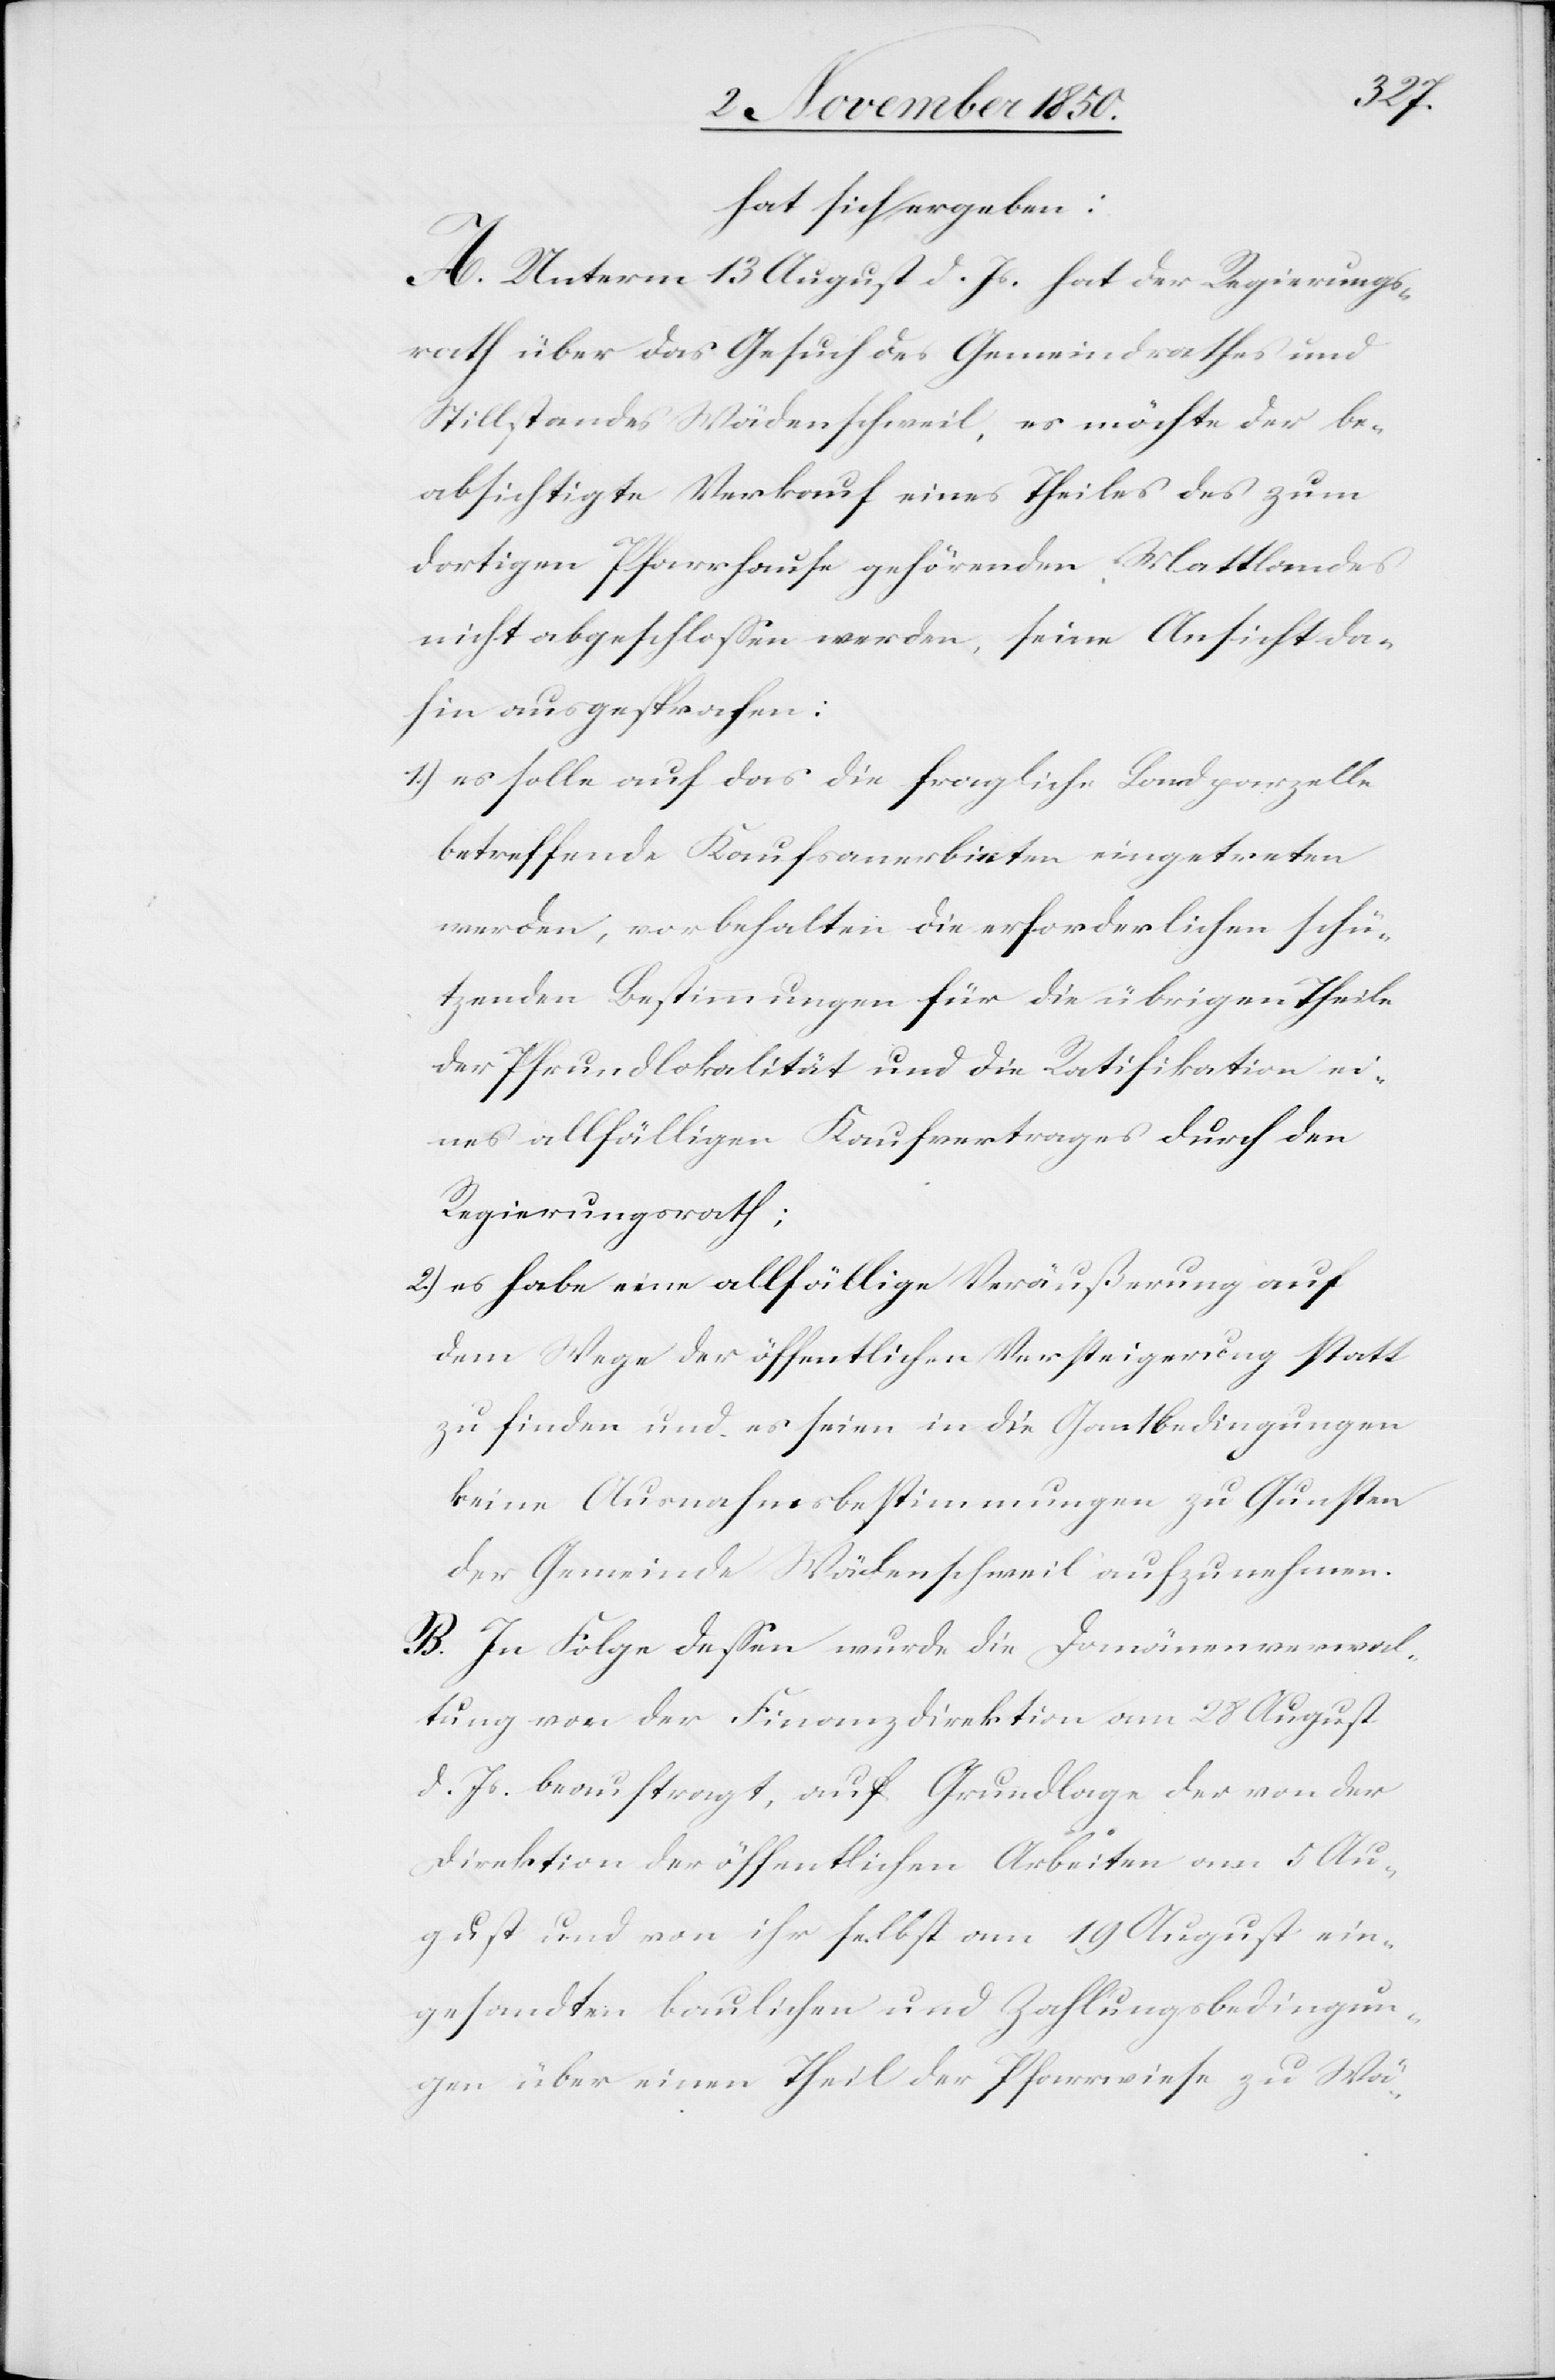
hat sich ergeben:
A. Unterm 13 August d. Js. hat der Regierungs¬
rath über das Gesuch des Gemeindrathes und
Stillstandes Wädenschweil, es möchte der be¬
absichtigte Verkauf eines Theiles des zum
dortigen Pfarrhause gehörenden Mattlandes
nicht abgeschlossen werden, seine Ansicht da¬
hin ausgesprochen:
1.) es solle auf das die fragliche Landparzelle
betreffende Kaufsanerbieten eingetreten
werden, vorbehalten die erforderlichen schü¬
tzenden Bestimmungen für die übrigen Theile
der Pfrundlokalität und die Ratifikation ei¬
nes allfälligen Kaufvertrages durch den
Regierungsrath;
2.) es habe eine allfällige Veräußerung auf
dem Wege der öffentlichen Versteigerung statt
zu finden und es seien in die Gantbedingungen
keine Ausnahmsbestimmungen zu Gunsten
der Gemeinde Wädenschweil aufzunehmen.
B. In Folge dessen wurde die Domänenverwal¬
tung von der Finanzdirektion am 28 August
d. Js. beauftragt, auf Grundlage der von der
Direktion der öffentlichen Arbeiten am 5 Au¬
gust und von ihr selbst am 19 August ein¬
gesandten baulichen und Zahlungsbedingun¬
gen über einen Theil der Pfarrwiese zu Wä-